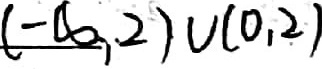
( - \infty , 0 ) \cup ( 0 , 2 )